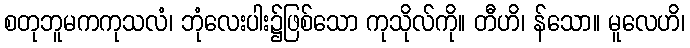
စတုဘူမကကုသလံ၊ ဘုံလေးပါး၌ဖြစ်သော ကုသိုလ်ကို။ တီဟိ၊ န်သော။ မူလေဟိ၊